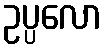
ဥပ္ပလော